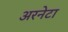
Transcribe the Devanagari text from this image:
अरनेटा